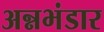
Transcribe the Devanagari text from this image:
अन्नभंडार